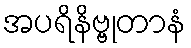
အပရိနိဗ္ဗုတာနံ